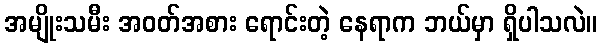
အမျိုးသမီး အဝတ်အစား ရောင်းတဲ့ နေရာက ဘယ်မှာ ရှိပါသလဲ။